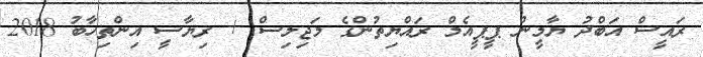
ރައީސް އަބްދު ޔާމީން ޕީޕީއެމް ރައްޔިތުންގެ މަޖިލިސް + ރިޔާސީ އިންތިހާބު 2018